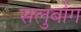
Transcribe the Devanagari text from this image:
सलुबोंग